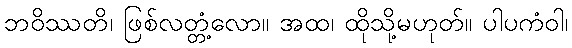
ဘဝိဿတိ၊ ဖြစ်လတ္တံ့လော။ အထ၊ ထိုသို့မဟုတ်။ ပါပကံဝါ၊